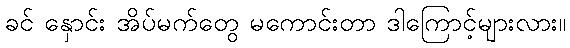
ခင် နှောင်း အိပ်မက်တွေ မကောင်းတာ ဒါကြောင့်များလား။